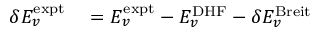
\begin{array} { r l } { \delta E _ { v } ^ { \mathrm { e x p t } } } & { { } = E _ { v } ^ { \mathrm { e x p t } } - E _ { v } ^ { \mathrm { D H F } } - \delta E _ { v } ^ { \mathrm { B r e i t } } } \end{array}